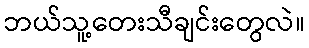
ဘယ်သူ့တေးသီချင်းတွေလဲ။